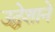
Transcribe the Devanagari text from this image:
उद्धेशाने